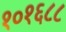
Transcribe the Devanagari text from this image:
१०१६८८